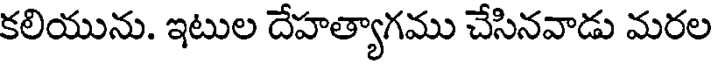
కలియును. ఇటుల దేహత్యాగము చేసినవాడు మరల